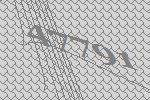
47791